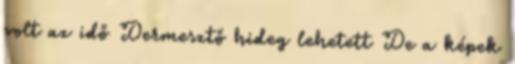
volt az idő Dermesztő hideg lehetett De a képek